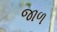
જાળ